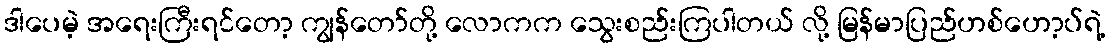
ဒါပေမဲ့ အရေးကြီးရင်တော့ ကျွန်တော်တို့ လောကက သွေးစည်းကြပါတယ် လို့ မြန်မာပြည်ဟစ်ဟော့ပ်ရဲ့